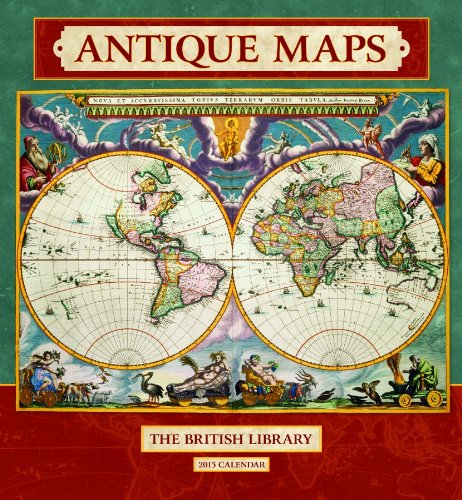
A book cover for Antique Maps 2015 Calendar; Calendars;